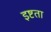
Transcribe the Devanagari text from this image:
इष्टता